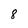
Character: 8